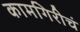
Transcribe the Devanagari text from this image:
कामगिरीचं